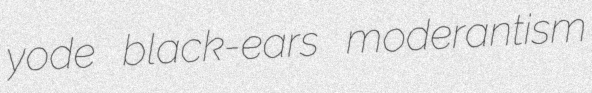
yode black-ears moderantism